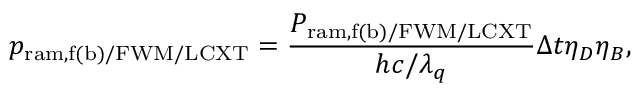
p _ { \mathrm { r a m , f ( b ) / F W M / L C X T } } = \frac { P _ { \mathrm { r a m , f ( b ) / F W M / L C X T } } } { h c / \lambda _ { q } } \Delta t \eta _ { D } \eta _ { B } ,